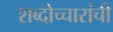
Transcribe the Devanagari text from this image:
शब्दोच्चारांची